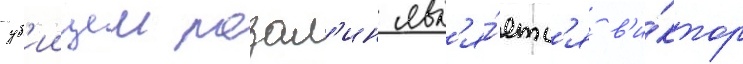
уб'иицеи розал'ин явл'я́етс'я в'и́ктор